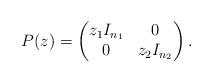
LaTeX: \begin{align*} P(z) = \begin{pmatrix} z_1 I_{n_1} & 0 \\ 0 & z_2 I_{n_2} \end{pmatrix}.\end{align*}